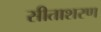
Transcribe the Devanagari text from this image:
सीताशरण